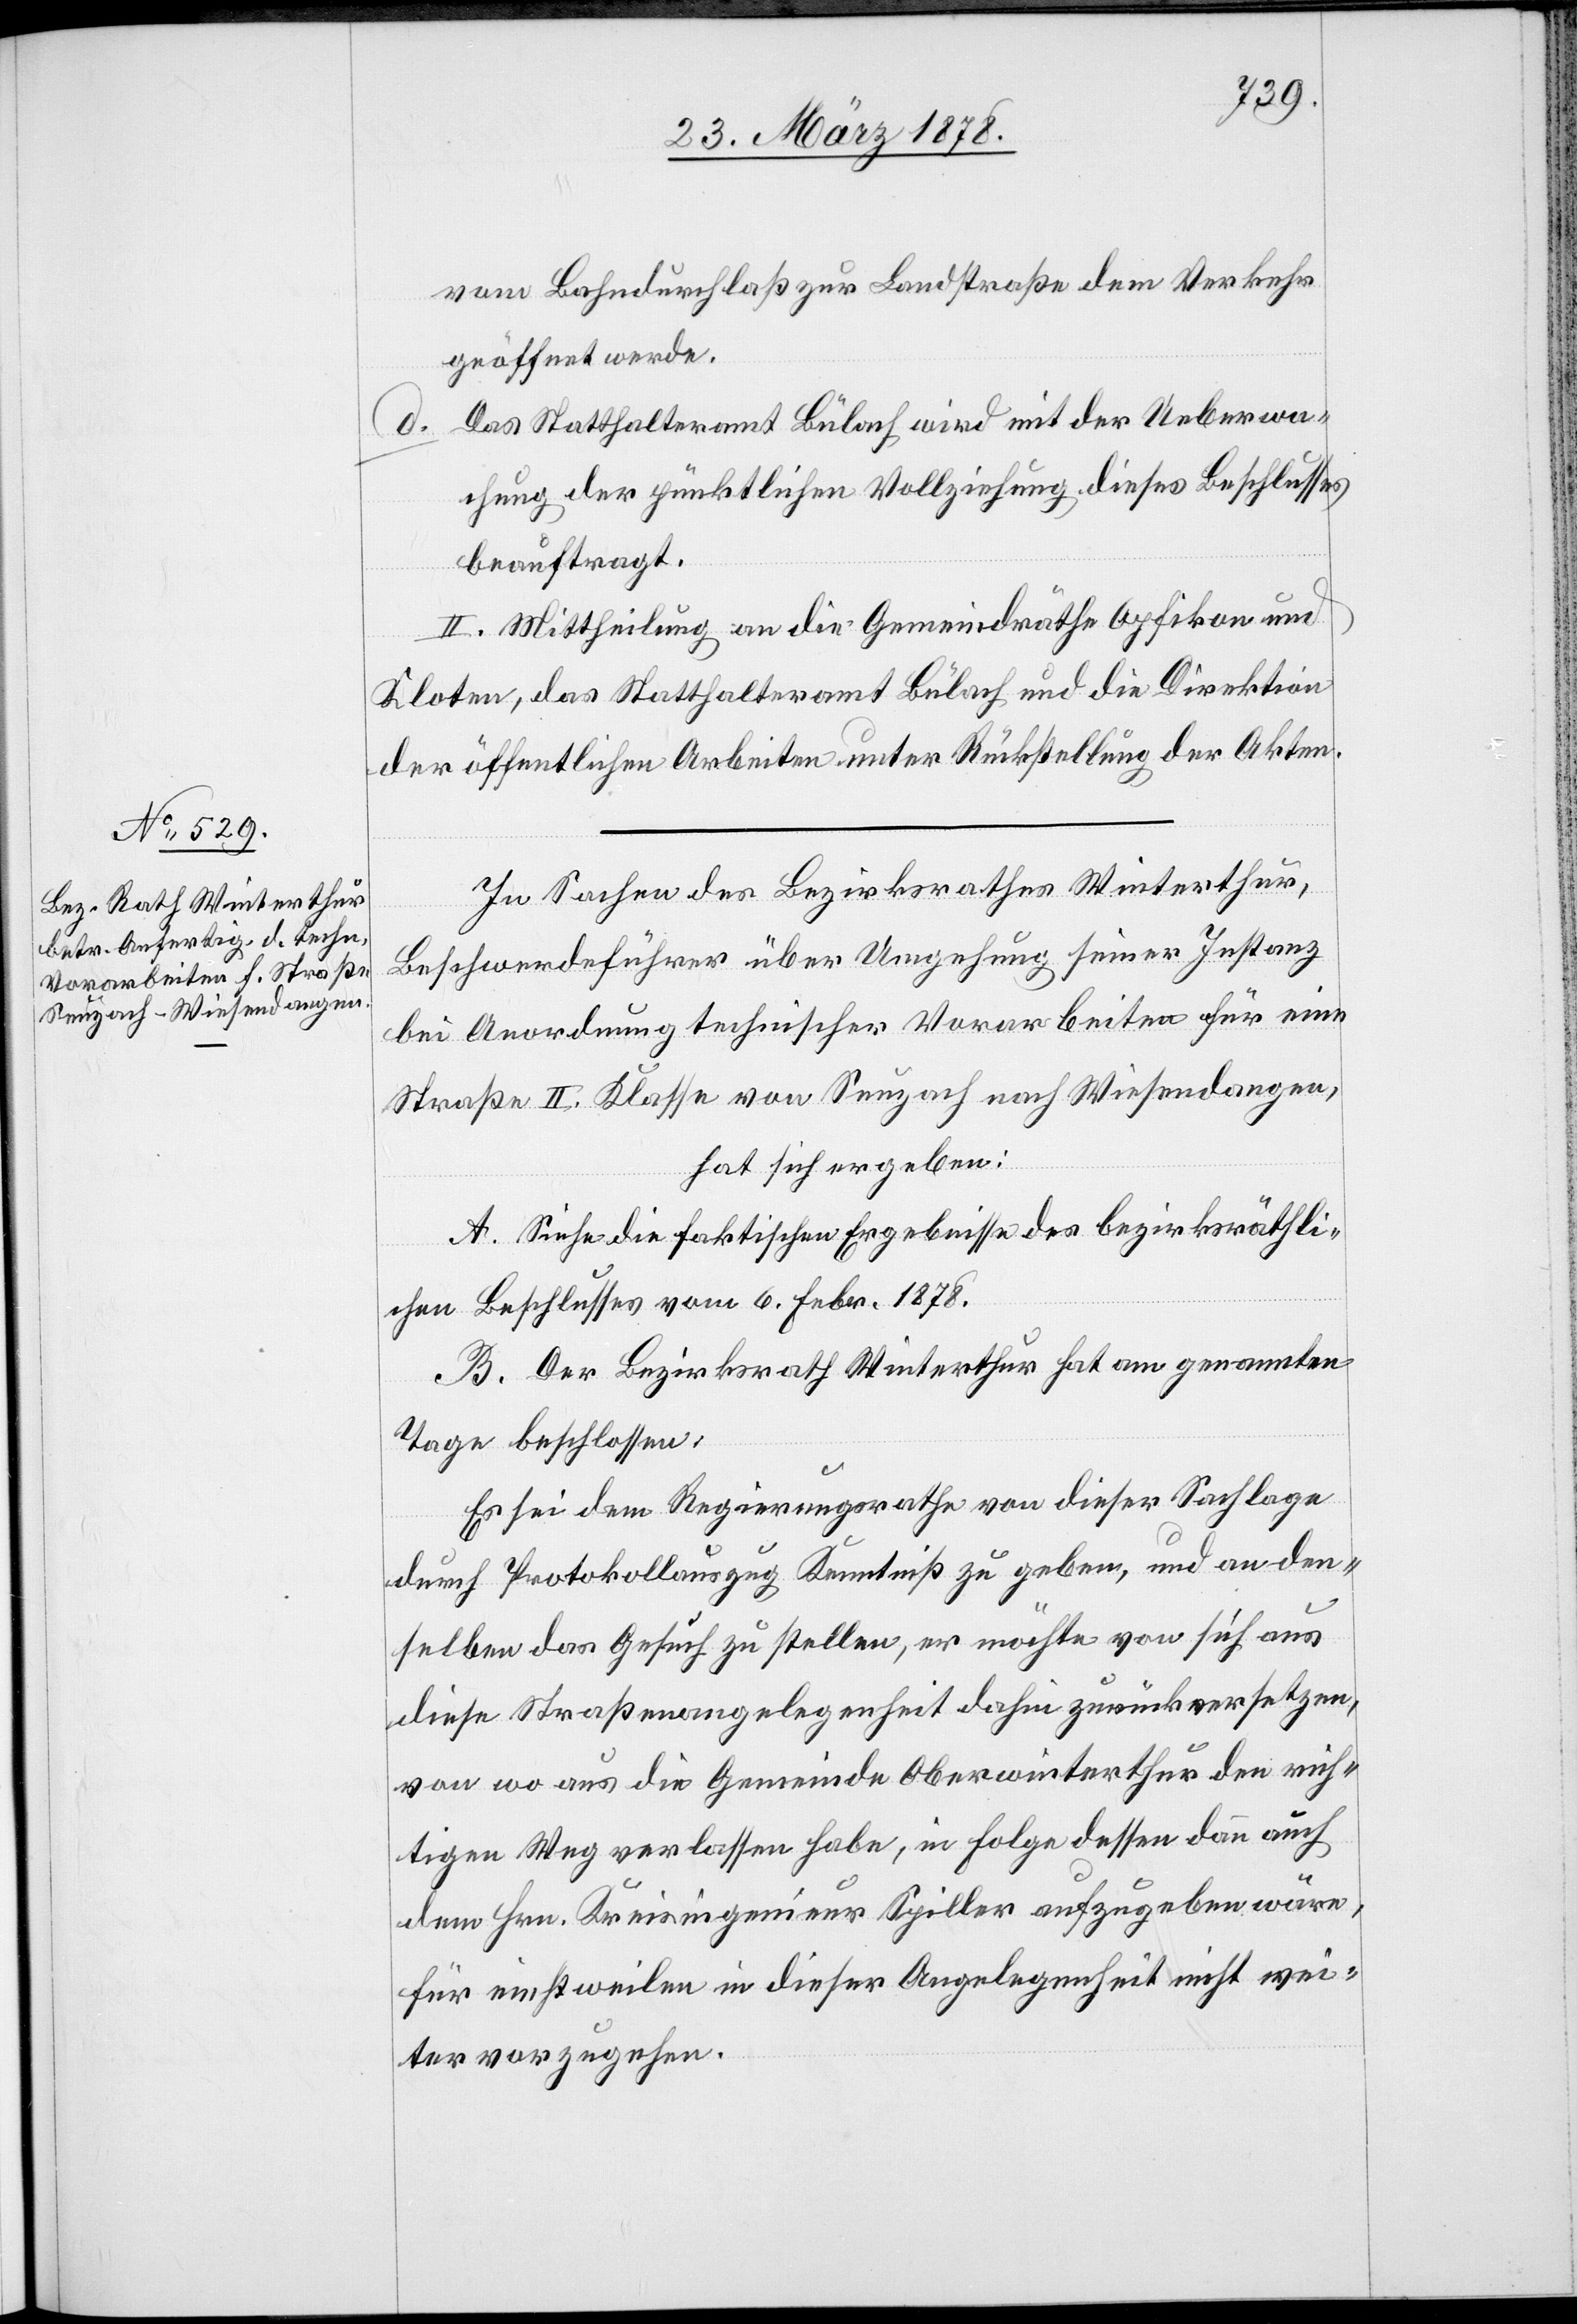
vom Bahndurchlaß zur Landstraße dem Verkehr
geöffnet werde.
Das Statthalteramt Bülach wird mit der Ueberwa¬
d.
chung der pünktlichen Vollziehung dieses Beschlusses
beauftragt.
II. Mittheilung an die Gemeindräthe Opfikon und
Kloten, das Statthalteramt Bülach und die Direktion
der öffentlichen Arbeiten unter Rückstellung der Akten.
In Sachen des Bezirksrathes Winterthur,
Beschwerdeführer über Umgehung seiner Instanz
bei Anordnung technischer Vorarbeiten für eine
Straße II. Klasse von Seuzach nach Wiesendangen,
hat sich ergeben:
A. Siehe die faktischen Ergebnisse des bezirksräthli¬
chen Beschlusses vom 6. Febr. 1878.
B. Der Bezirksrath Winterthur hat am genannten
Tage beschlossen:
Es sei dem Regierungsrathe von dieser Sachlage
durch Protkollauszug Kenntniß zu geben, und an den¬
selben das Gesuch zu stellen, er möchte von sich aus
diese Straßenangelegenheit dahin zurückversetzen,
von wo aus die Gemeinde Oberwinterthur den rich¬
tigen Weg verlassen habe, in folge dessen dann auch
dem Hrn. Kreisingenieur Spiller aufzugeben wäre,
für einstweilen in dieser Angelegenheit nicht wei¬
ter vorzugehen.